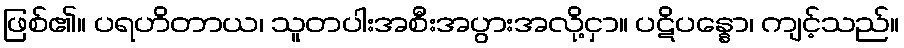
ဖြစ်၏။ ပရဟိတာယ၊ သူတပါးအစီးအပွားအလို့ငှာ။ ပဋိပန္နော၊ ကျင့်သည်။